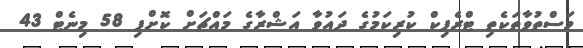
މަސްތުވާތަކެތި ޓްރެފިކް ކުރިކަމުގެ ދައުވާ އަޝްރާގެ މައްޗަށް ކޮށްފި 58 މިނެޓް 43